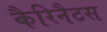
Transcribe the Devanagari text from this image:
कैरिनैटस